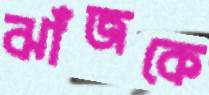
ঝাঁজকে